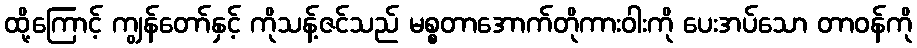
ထို့ကြောင့် ကျွန်တော်နှင့် ကိုသန့်ဇင်သည် မစ္စတာအောက်တိုကားဝါးကို ပေးအပ်သော တာဝန်ကို